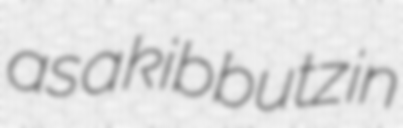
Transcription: as a kibbutz in